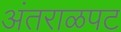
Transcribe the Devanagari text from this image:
अंतराळपट